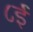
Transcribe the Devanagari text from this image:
८ई